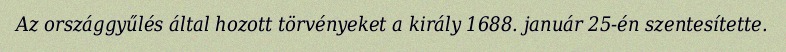
Az országgyűlés által hozott törvényeket a király 1688. január 25-én szentesítette.